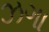
ઝગા